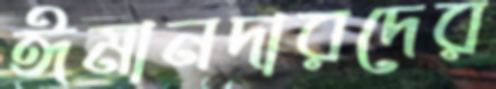
ঈমানদারদের